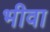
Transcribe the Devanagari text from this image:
भीवा